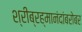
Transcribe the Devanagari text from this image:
श्रीब्रह्मानंदांबरोबर